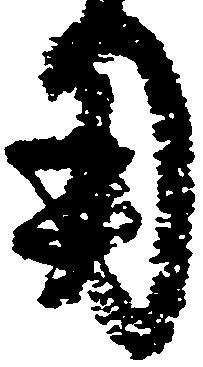
用